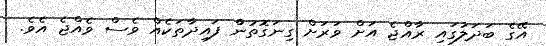
އޭގެ ބަދަލުގައި ރާއްޖެ އަށް ވަރަށް ގިނަގޮތުންް ފައިދާތަކެއް ވެސް ވެއްޖެ އެވެ.